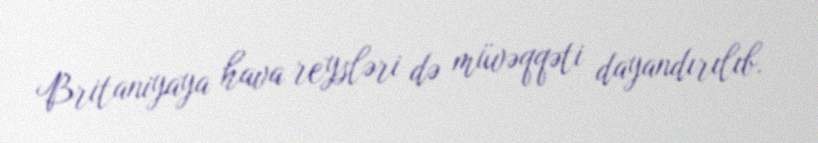
Britaniyaya hava reysləri də müvəqqəti dayandırılıb.